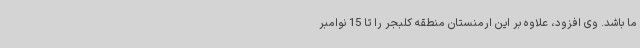
ما باشد. وی افزود، علاوه بر این ارمنستان منطقه کلبجر را تا 15 نوامبر